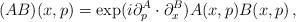
\begin{align*}(AB)(x,p) =\exp(i\partial_p^A\cdot\partial_x^B)A(x,p)B(x,p)\,, \end{align*}